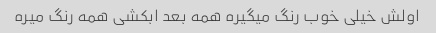
اولش خیلی خوب رنگ میگیره همه بعد ابکشی همه رنگ میره